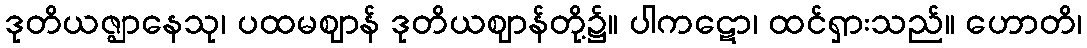
ဒုတိယဇ္ဈာနေသု၊ ပထမဈာန် ဒုတိယဈာန်တို့၌။ ပါကဋော၊ ထင်ရှားသည်။ ဟောတိ၊